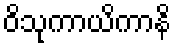
ဝိသုကာယိကာနိ